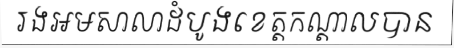
រងអមសាលាដំបូងខេត្តកណ្តាលបាន